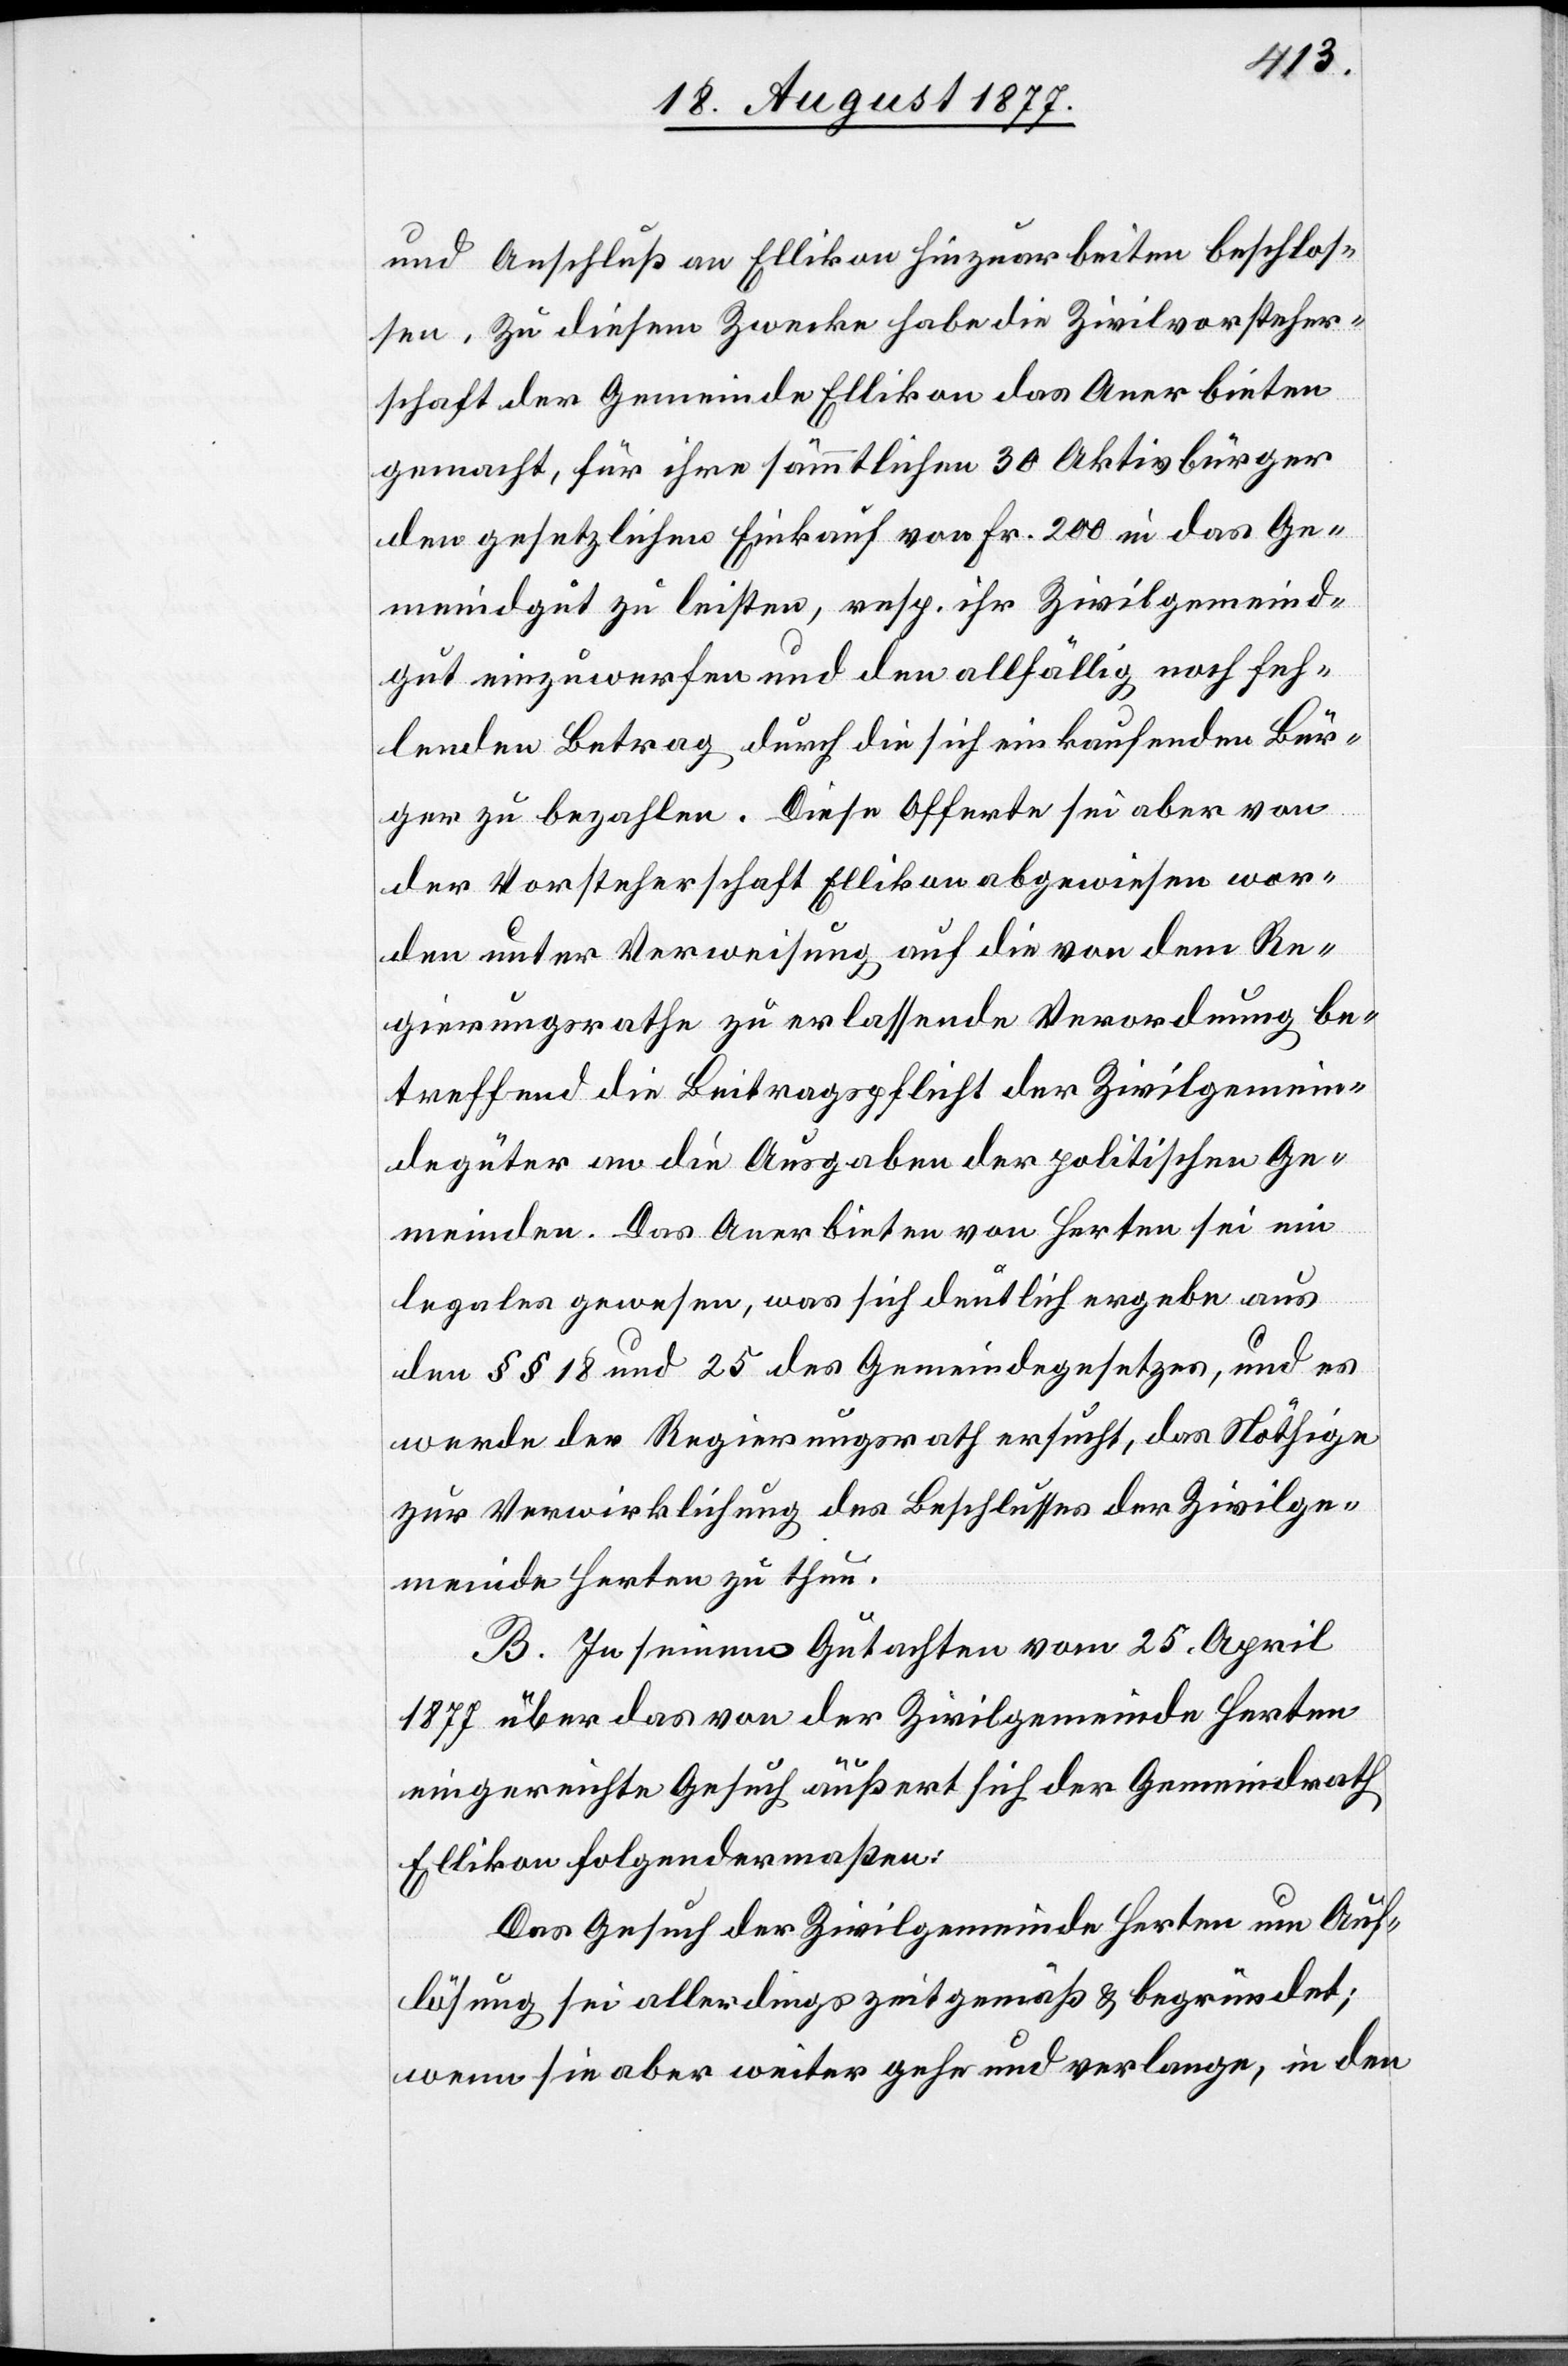
und Anschluß an Ellikon hinzuarbeiten beschlos¬
sen. Zu diesem Zwecke habe die Zivilvorsteher¬
schaft der Gemeinde Ellikon das Anerbieten
gemacht, für ihre sämmtlichen 30 Aktivbürger
den gesetzlichen Einkauf von Fr. 200 in das Ge¬
meindgut zu leisten, resp. ihr Zivilgemeind¬
gut einzuwerfen und den allfällig noch feh¬
lenden Betrag durch die sich einkaufenden Bür¬
ger zu bezahlen. Diese Offerte sei aber von
der Vorsteherschaft Ellikon abgewiesen wor¬
den unter Verweisung auf die von dem Re¬
gierungsrathe zu erlassende Verordnung be¬
treffend die Beitragspflicht der Zivilgemein¬
degüter an die Ausgaben der politischen Ge¬
meinden. Das Anerbieten von Herten sei ein
legales gewesen, was sich deutlich ergebe aus
den §§ 18 und 25 des Gemeindegesetzes, und es
werde der Regierungsrath ersucht, das Nöthige
zur Verwirklichung des Beschlusses der Zivilge¬
meinde Herten zu thun.
B. In seinem Gutachten vom 25. April
1877 über das von der Zivilgemeinde Herten
eingereichte Gesuch äußert sich der Gemeindrath
Ellikon folgendermaßen:
Das Gesuch der Zivilgemeinde Herten um Auf¬
lösung sei allerdings zeitgemäß & begründet;
wenn sie aber weiter gehe und verlange, in den